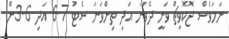
ނަމަވެސް ޖޮކޮވިޗް ވަނީ ދެވަނަ އަދި ތިންވަނަ ސެޓު 7-6 އަދި 6-3ން